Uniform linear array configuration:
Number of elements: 16
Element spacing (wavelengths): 1
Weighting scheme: kaiser
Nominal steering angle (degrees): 60
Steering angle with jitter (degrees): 59.416
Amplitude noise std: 0.05
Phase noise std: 0.05

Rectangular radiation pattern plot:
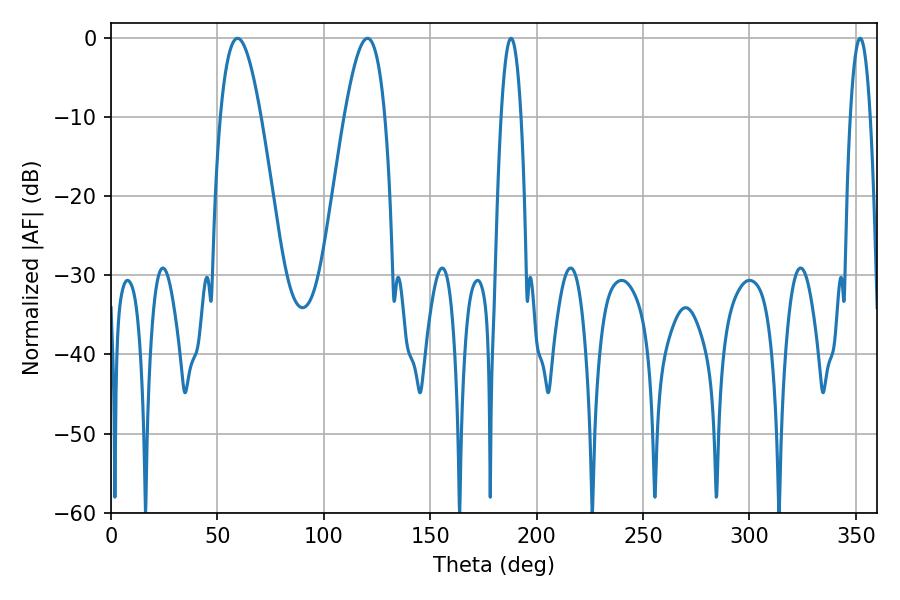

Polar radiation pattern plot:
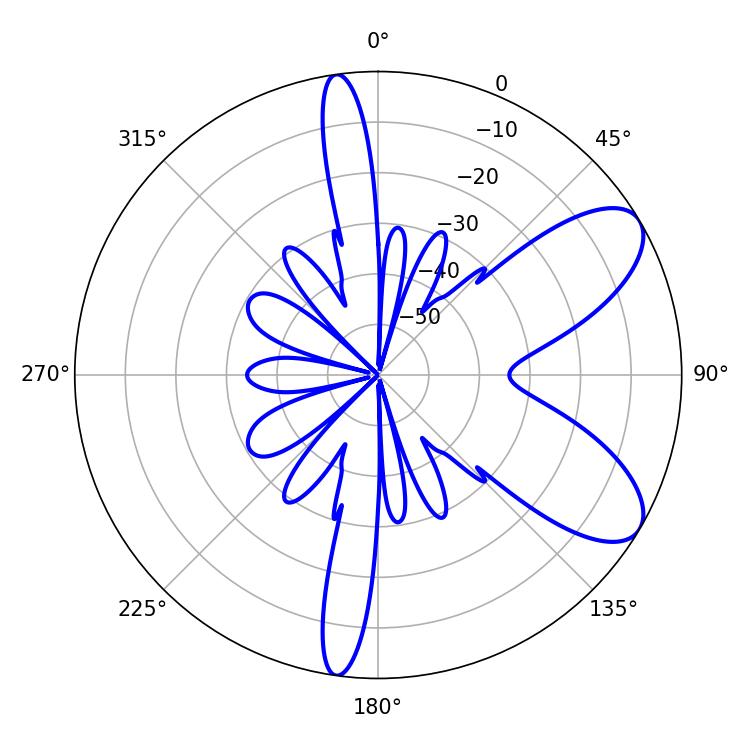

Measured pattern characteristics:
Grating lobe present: TRUE
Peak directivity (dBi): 8.056
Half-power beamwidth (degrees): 10.44
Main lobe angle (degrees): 59.4